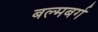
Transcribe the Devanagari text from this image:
बल्मबर्ग